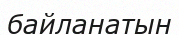
байланатын